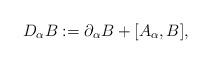
LaTeX: \begin{align*}D_{\alpha} B:= \partial_{\alpha} B + [A_{\alpha},B],\end{align*}